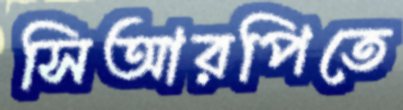
সিআরপিতে